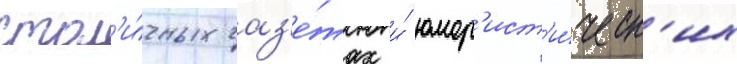
стол'и́чных газ'е́тах и́ юмор'ист'и́ческ'их